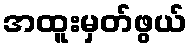
အထူးမှတ်ဖွယ်